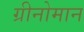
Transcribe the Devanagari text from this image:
ग्रीनोमान